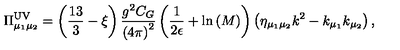
\Pi _ { \mu _ { 1 } \mu _ { 2 } } ^ { \mathrm { U V } } = \left( \frac { 1 3 } { 3 } - \xi \right) \frac { g ^ { 2 } C _ { G } } { \left( 4 \pi \right) ^ { 2 } } \left( \frac { 1 } { 2 \epsilon } + \mathrm { l n } \left( M \right) \right) \left( \eta _ { \mu _ { 1 } \mu _ { 2 } } k ^ { 2 } - k _ { \mu _ { 1 } } k _ { \mu _ { 2 } } \right) ,